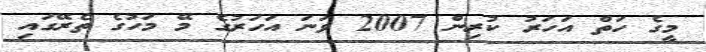
މީގެ ހަތް އަހަރު ކުރިން 2007 ވަނަ އަހަރުގެ މޭ މަހުގެ ތެރޭގައި